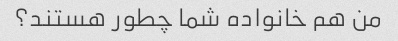
من هم خانواده شما چطور هستند؟